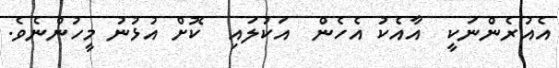
އެއުރެންނަކީ  އާއެކު އެހެން  އަކުލައި  ކޮށް އުޅުނު މީހުންނެވެ.